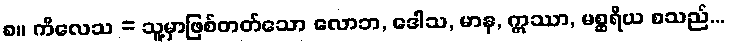
၈။ ကိလေသ = သူ့မှာဖြစ်တတ်သော လောဘ, ဒေါသ, မာန, ဣဿာ, မစ္ဆရိယ စသည်...